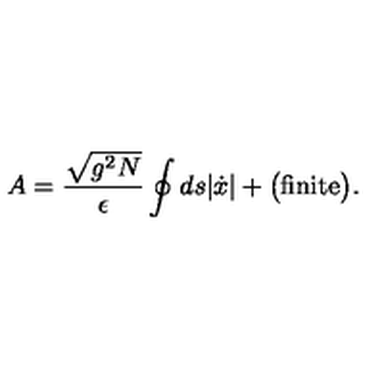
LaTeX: A = \frac { \sqrt { g ^ { 2 } N } } { \epsilon } \oint d s | \dot { x } | + \big ( \mathrm { f i n i t e } \big ) .